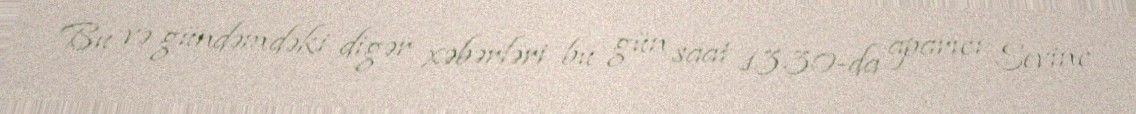
Bu və gündəmdəki digər xəbərləri bu gün saat 13.30-da aparıcı Sevinc